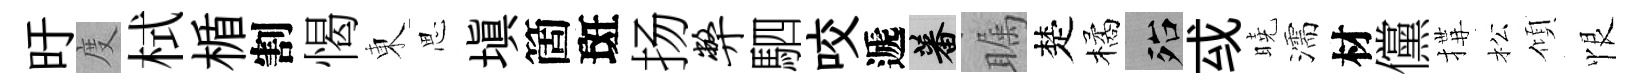
旴度栻楯割愒東思塡箇斑扬弊駟咬遞蕃瞩楚橘殆㦯曉濡材儻搆松傾恨